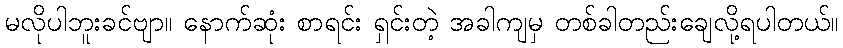
မလိုပါဘူးခင်ဗျာ။ နောက်ဆုံး စာရင်း ရှင်းတဲ့ အခါကျမှ တစ်ခါတည်းချေလို့ရပါတယ်။